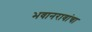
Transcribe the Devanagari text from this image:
भवानरावांचा